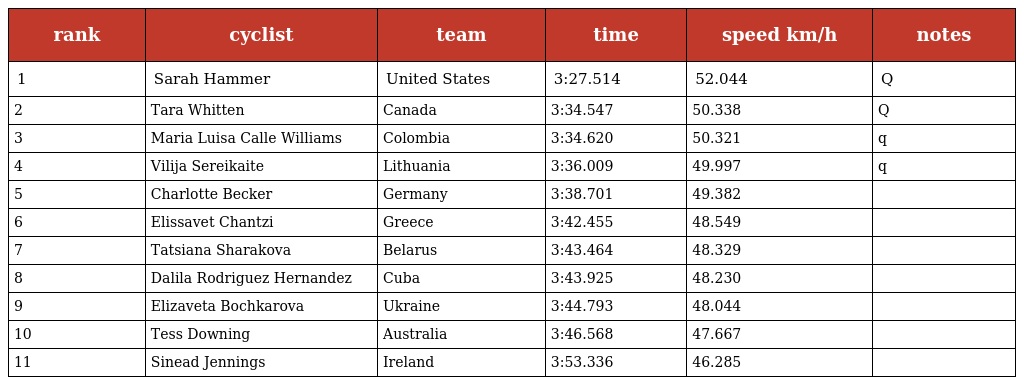
| rank | cyclist | team | time | speed km/h | notes |
 | --- | --- | --- | --- | --- | --- |
 | 1 | Sarah Hammer | United States | 3:27.514 | 52.044 | Q |
 | 2 | Tara Whitten | Canada | 3:34.547 | 50.338 | Q |
 | 3 | Maria Luisa Calle Williams | Colombia | 3:34.620 | 50.321 | q |
 | 4 | Vilija Sereikaite | Lithuania | 3:36.009 | 49.997 | q |
 | 5 | Charlotte Becker | Germany | 3:38.701 | 49.382 |  |
 | 6 | Elissavet Chantzi | Greece | 3:42.455 | 48.549 |  |
 | 7 | Tatsiana Sharakova | Belarus | 3:43.464 | 48.329 |  |
 | 8 | Dalila Rodriguez Hernandez | Cuba | 3:43.925 | 48.230 |  |
 | 9 | Elizaveta Bochkarova | Ukraine | 3:44.793 | 48.044 |  |
 | 10 | Tess Downing | Australia | 3:46.568 | 47.667 |  |
 | 11 | Sinead Jennings | Ireland | 3:53.336 | 46.285 |  |